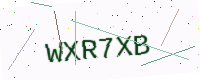
Text: WXR7XB